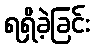
ရရှိခဲ့ခြင်း